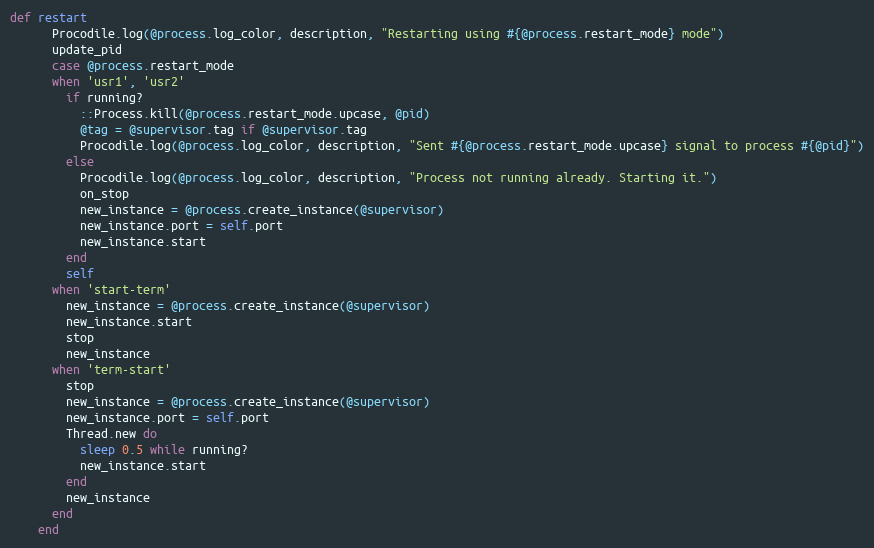
Language: Ruby
def restart
      Procodile.log(@process.log_color, description, "Restarting using #{@process.restart_mode} mode")
      update_pid
      case @process.restart_mode
      when 'usr1', 'usr2'
        if running?
          ::Process.kill(@process.restart_mode.upcase, @pid)
          @tag = @supervisor.tag if @supervisor.tag
          Procodile.log(@process.log_color, description, "Sent #{@process.restart_mode.upcase} signal to process #{@pid}")
        else
          Procodile.log(@process.log_color, description, "Process not running already. Starting it.")
          on_stop
          new_instance = @process.create_instance(@supervisor)
          new_instance.port = self.port
          new_instance.start
        end
        self
      when 'start-term'
        new_instance = @process.create_instance(@supervisor)
        new_instance.start
        stop
        new_instance
      when 'term-start'
        stop
        new_instance = @process.create_instance(@supervisor)
        new_instance.port = self.port
        Thread.new do
          sleep 0.5 while running?
          new_instance.start
        end
        new_instance
      end
    end